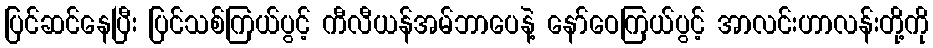
ပြင်ဆင်နေပြီး ပြင်သစ်ကြယ်ပွင့် ကီလီယန်အမ်ဘာပေနဲ့ နော်ဝေကြယ်ပွင့် အာလင်းဟာလန်းတို့ကို